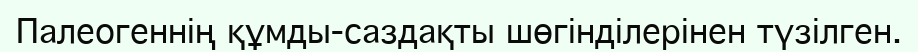
Палеогеннің құмды-саздақты шөгінділерінен түзілген.